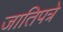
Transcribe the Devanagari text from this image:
जातिपत्रे